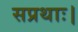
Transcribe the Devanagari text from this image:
सप्रथाः।